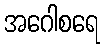
အဂေါစရေ